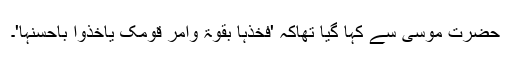
حضرت موسیٰ سے کہا گیا تھاکہ 'فَخُذْہَا بِقُوَّۃٍ وَّاْمُرْ قَوْمَکَ یَاْخُذُوْا بِاَحْسَنِہَا'۔